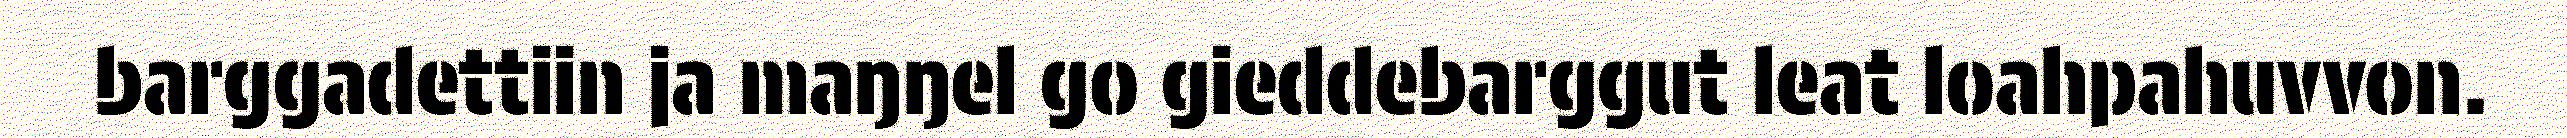
barggadettiin ja maŋŋel go gieddebarggut leat loahpahuvvon.